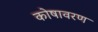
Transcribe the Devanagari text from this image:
कोषावरण